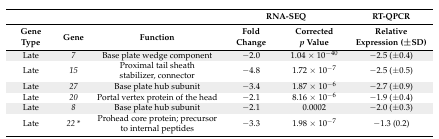
<table><thead><tr><td></td><td></td><td></td><td colspan="2"><b>RNA-SEQ</b></td><td><b>RT-QPCR</b></td></tr><tr><td><b>Gene Type</b></td><td><b>Gene</b></td><td><b>Function</b></td><td><b>Fold Change</b></td><td><b>Corrected <i>p</i> Value</b></td><td><b>Relative Expression (±SD)</b></td></tr></thead><tbody><tr><td>Late</td><td><i>7</i></td><td>Base plate wedge component</td><td>−2.0</td><td>1.04 × 10<sup>−40</sup></td><td>−2.5 (±0.4)</td></tr><tr><td>Late</td><td><i>15</i></td><td>Proximal tail sheath stabilizer, connector</td><td>−4.8</td><td>1.72 × 10<sup>−7</sup></td><td>−2.5 (±0.5) </td></tr><tr><td>Late</td><td><i>27</i></td><td>Base plate hub subunit</td><td>−3.4</td><td>1.87 × 10<sup>−6</sup></td><td>−2.7 (±0.9)</td></tr><tr><td>Late</td><td><i>20</i></td><td>Portal vertex protein of the head</td><td>−2.1</td><td>8.16 × 10<sup>−6</sup></td><td>−1.9 (±0.4)</td></tr><tr><td>Late</td><td><i>8</i></td><td>Base plate hub subunit</td><td>−2.1</td><td>0.0002</td><td>−2.0 (±0.3)</td></tr><tr><td>Late</td><td><i>22</i> *</td><td>Prohead core protein; precursor to internal peptides</td><td>−3.3</td><td>1.98 × 10<sup>−7</sup></td><td>−1.3 (0.2)</td></tr></tbody></table>